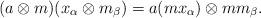
LaTeX: \begin{align*} (a \otimes m)(x_\alpha\otimes m_\beta) = a(mx_\alpha)\otimes mm_\beta.\end{align*}